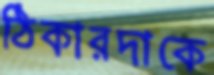
ঠিকারদাকে